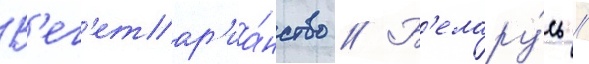
В'ег'етар'иа́нство // Б'елару́сь //